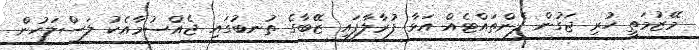
މޭޒުމަތީ ހުރި ޖަގުން ފެންތައްޓެއް އަޅާ ފުރާލާފައި ޒޭބާގެ ތުނބުގައި ޖެއްސުމާއެކު ލަސްލަހުން